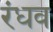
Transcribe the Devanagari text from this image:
रंधव